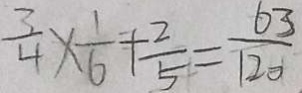
\frac { 3 } { 4 } \times \frac { 1 } { 6 } + \frac { 2 } { 5 } = \frac { 6 3 } { 1 2 0 }